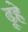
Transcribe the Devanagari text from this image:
ढूहे